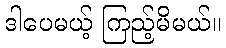
ဒါပေမယ့် ကြည့်မိမယ်။